NAE_EAA_P-553_Koit_kolhoos, lk 22
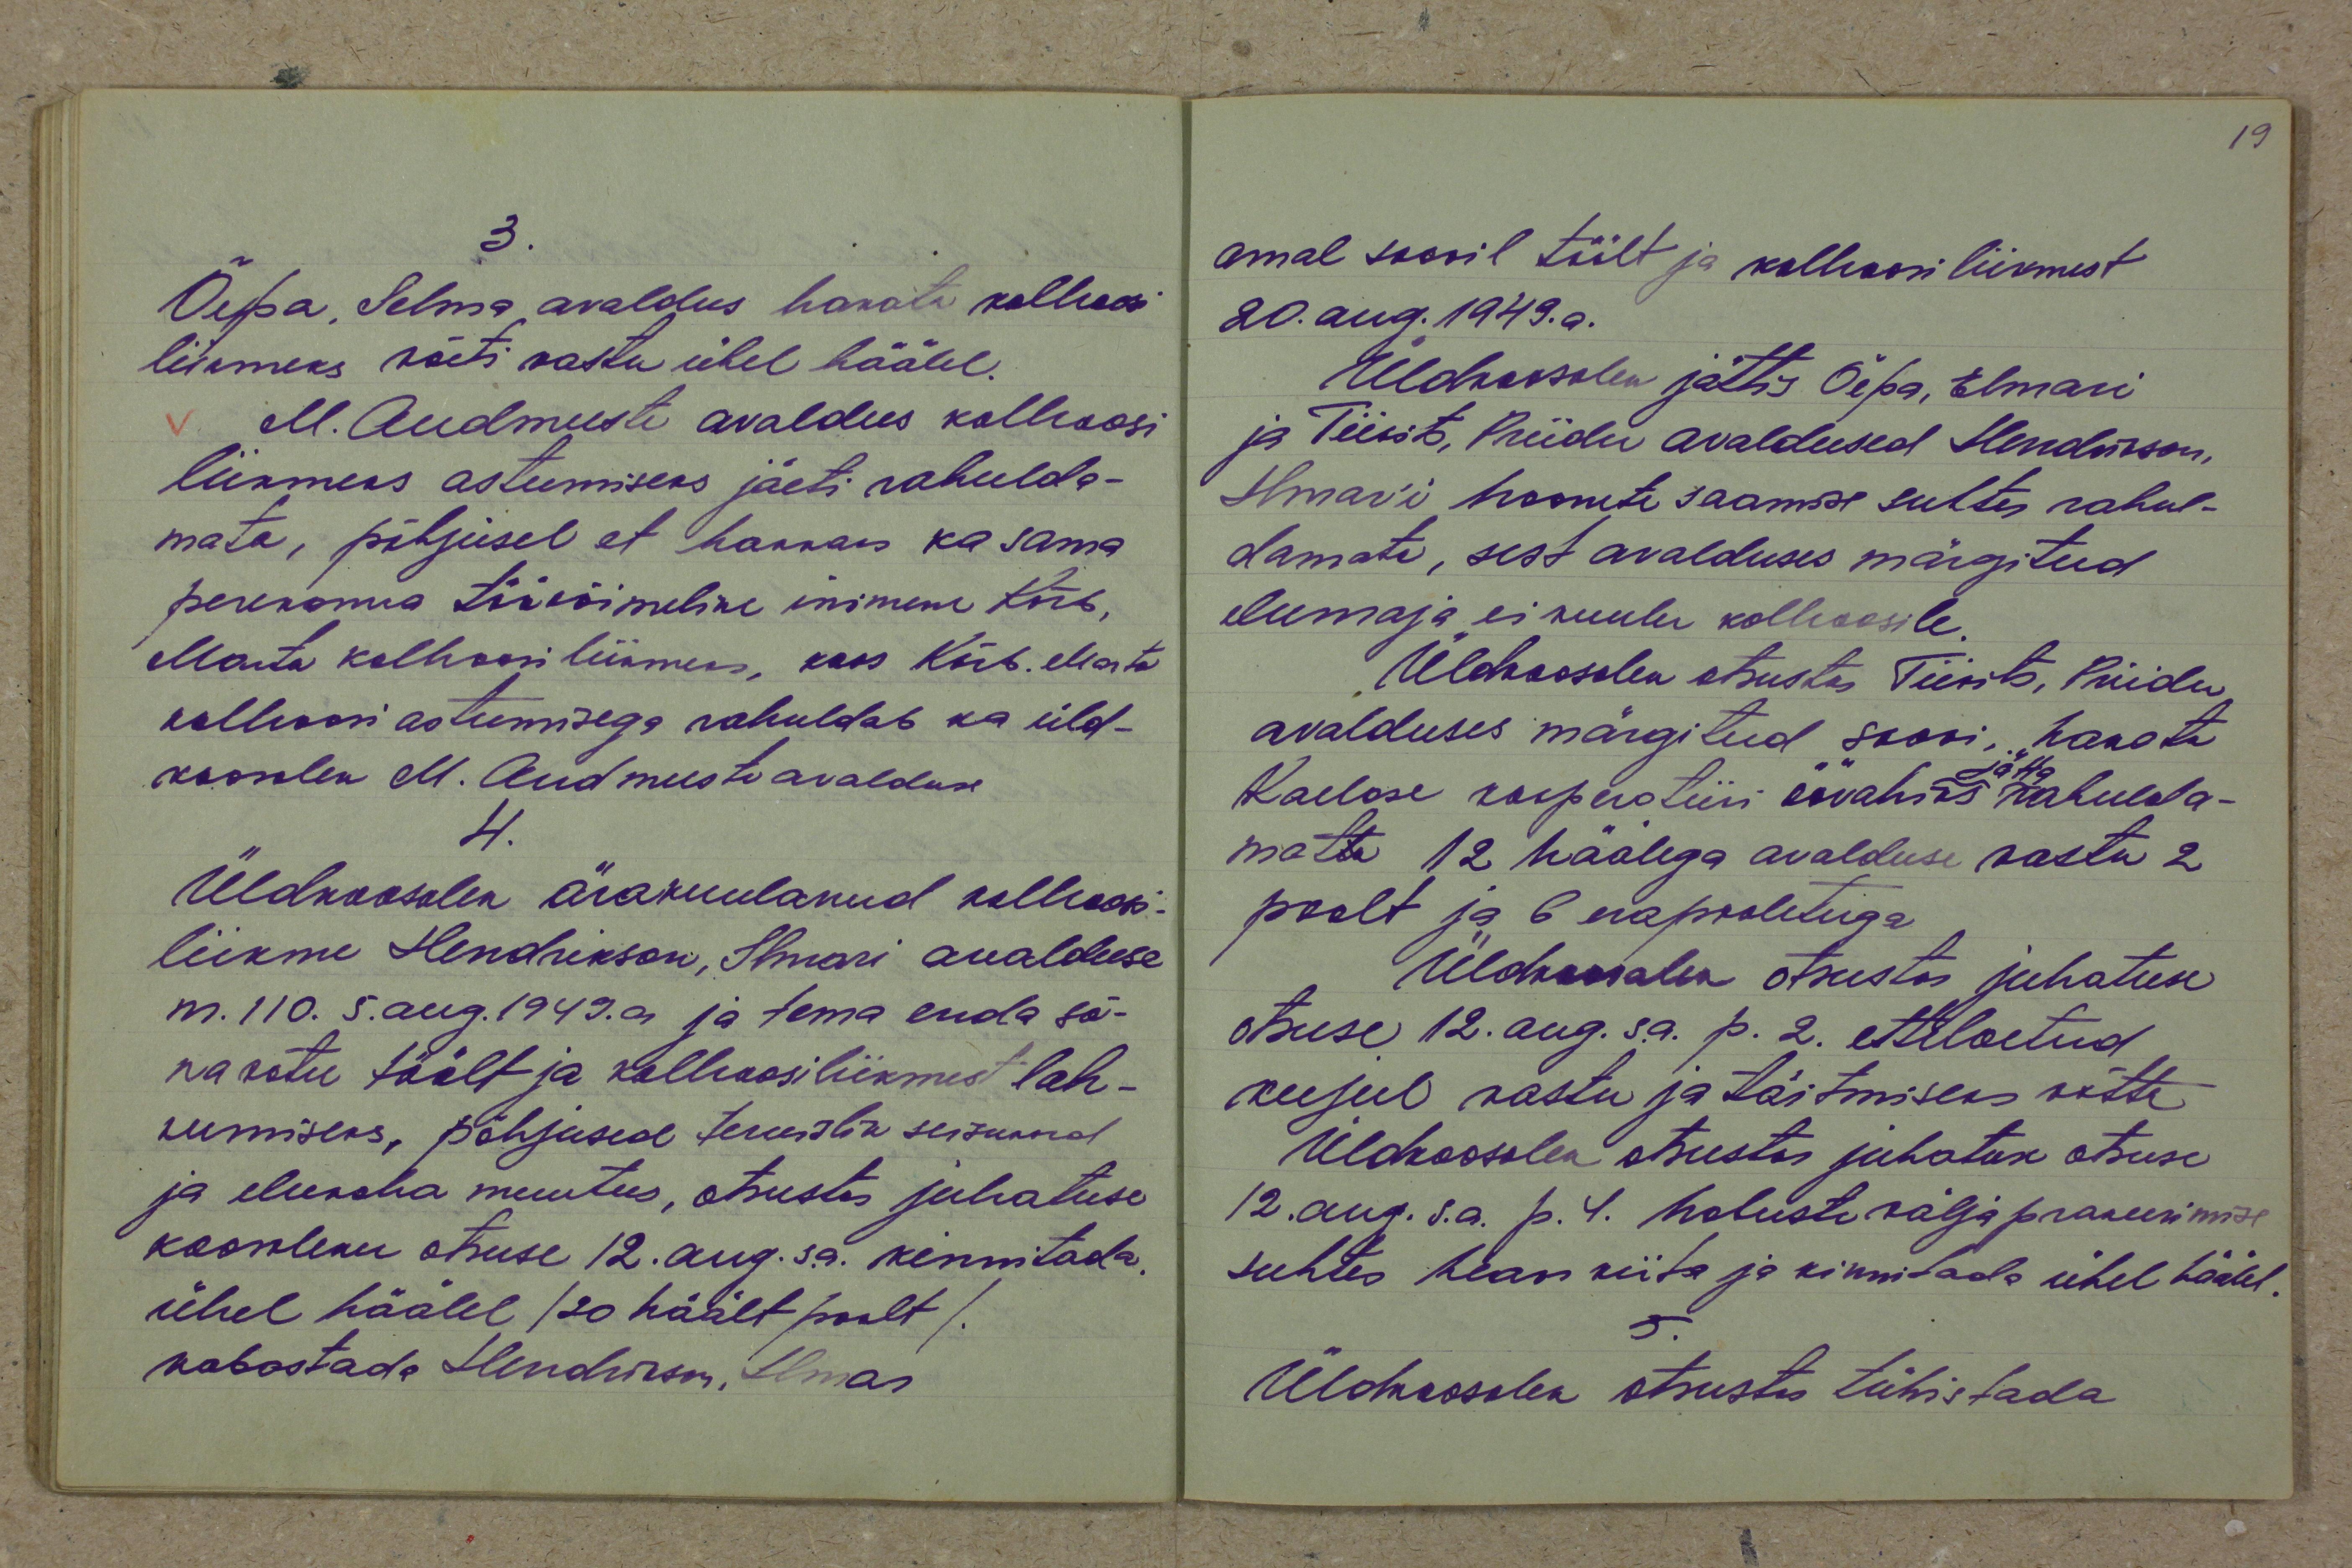
3.
Õepa, Selma avaldus hakata kolhoosi
liikmeks võeti vastu ühel häälel.
M. Audmeeste avaldus kolhoosi
liikmeks astumiseks jäeti rahulda-
mata, põhjusel et hakkaks ka sama
perekonna töövõimeline inimene Kõrb,
Marta kolhoosi liikmeks, koos Kõrb, Marta
kolhoosi astumisega rahuldab ka üld-
koosolek M. Andmeeste avalduse
4.
Üldkoosolek ärakuulanud kolhoosi-
liikme Hendrikson, Ilmari avalduse
nr. 110. 5 aug. 1949. a ja tema enda sõ-
navõtu töölt ja kolhoosiliikmest lah-
kumiseks, põhjused tervislik seisukord
ja elukoha muutus, otsustas juhatuse
koosoleku otsuse 12. aug. s.a. kinnitada.
ühel häälel /20 häält poolt/.
vabastada Hendrikson, Ilmar

omal soovil töölt ja kolhoosiliikmest
20. aug. 1949. a.
Üldkoosolek jättis Õepa, Elmari
ja Tiivits, Priidu avaldused Hendrikson,
Ilmari hoonete saamise suhtes rahul-
damata, sest avalduses märgitud
elumaja ei kuulu kolhoosile.
Üldkoosolek otsustas Tiivits, Priidu
avalduses märgitud soovi, hakata
jätta
Kaelase kooperatiivi öövahiks rahulda-
matta 12 häälega avalduse vastu 2
poolt ja 6 erapooletuga
Üldkoosolek otsustas juhatuse
otsuse 12. aug. s.a. p. 2. etteloetud
kujul vastu ja täitmiseks võtta
Üldkoosolek otsustas juhatuse otsuse
12. aug. s.a. p.4. hobuste välja prakeerimise
suhtes heaks kiita ja kinnitada ühel häälel.
5.
Üldkoosolek otsustas tühistada